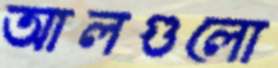
আলগুলো